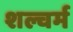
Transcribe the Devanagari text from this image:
शल्चर्म